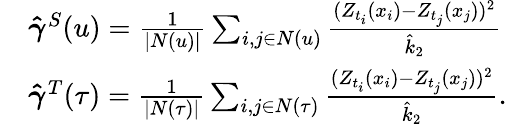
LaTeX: \begin{array}{rl}&{\boldsymbol{\hat{\gamma}}^{S}(u)=\frac{1}{|N(u)|}\sum_{i,j\in N(u)}\frac{(Z_{t_{i}}(x_{i})-Z_{t_{j}}(x_{j}))^{2}}{\hat{k}_{2}}}\\ &{\boldsymbol{\hat{\gamma}}^{T}(\tau)=\frac{1}{|N(\tau)|}\sum_{i,j\in N(\tau)}\frac{(Z_{t_{i}}(x_{i})-Z_{t_{j}}(x_{j}))^{2}}{\hat{k}_{2}}.}\end{array}